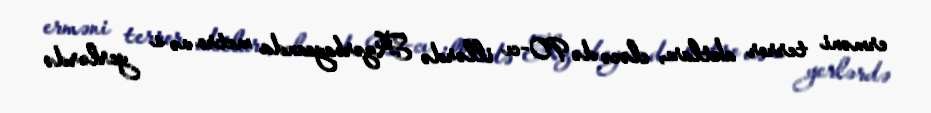
erməni terror aktları, eləcə də 90-cı illərdə Azərbaycanda metro və s yerlərdə